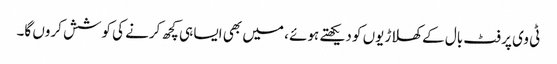
ٹی وی پر فٹ بال کے کھلاڑیوں کو دیکھتے ہوئے ، میں بھی ایسا ہی کچھ کرنے کی کوشش کروں گا۔